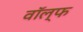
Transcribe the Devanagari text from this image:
वॉल्फ